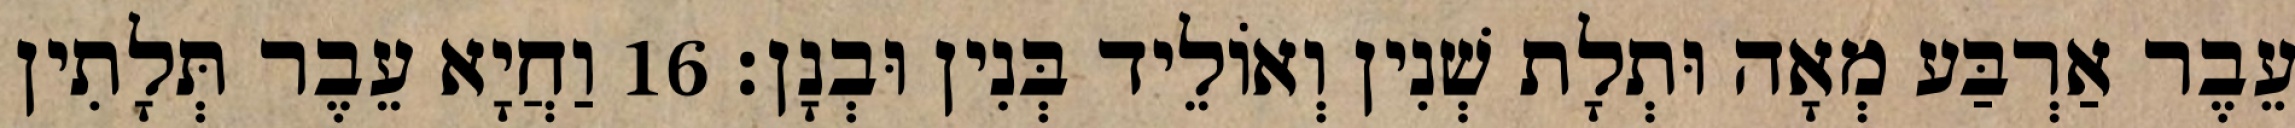
עֵבֶר אַרְבַּע מְאָה וּתְלָת שְׁנִין וְאוֹלֵיד בְּנִין וּבְנָן׃ 16 וַחֲיָא עֵבֶר תְּלָתִין